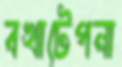
বখাটেপনা